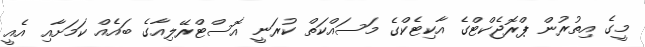
މީގެ އިތުރުން ޕްރޮޖެކްޓްގެ އާކިޓެކްގެ މަސައްކަތް ކުރަނީ އޮސްޓްރޭލިއާގެ ބައެއް ކަމަށާއި އެއީ